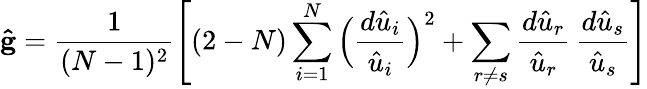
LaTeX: {\mathbf{\hat{g}}}=\frac{1}{(N-1)^{2}}\Bigg[(2-N)\sum_{i=1}^{N}\Big(\frac{d{\hat{u}}_{i}}{{\hat{u}}_{i}}\Big)^{2}+\sum_{r\neq s}\frac{d{\hat{u}}_{r}}{{\hat{u}}_{r}}\, \frac{d{\hat{u}}_{s}}{{\hat{u}}_{s}}\Bigg]